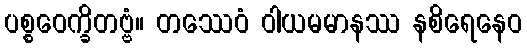
ပစ္စဝေက္ခိတဗ္ဗံ။ တဿေဝံ ဝါယမမာနဿ နစိရေနေဝ